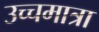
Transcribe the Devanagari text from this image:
उच्चमात्रा